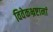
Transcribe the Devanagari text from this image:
विवेकभ्रष्टानां